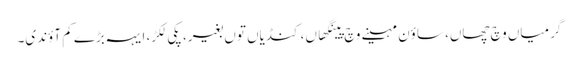
گرمیاں وچ چھاں، ساؤن مہینے وچ پینگھاں، کنڈیاں توں بغیر، پکی لکڑ، ایہہ بڑے کم آؤندی۔